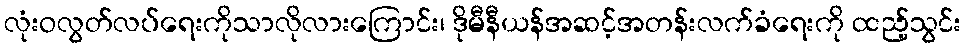
လုံးဝလွတ်လပ်ရေးကိုသာလိုလားကြောင်း၊ ဒိုမီနီယန်အဆင့်အတန်းလက်ခံရေးကို ထည့်သွင်း